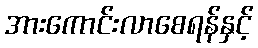
အားကောင်းလာစေရန်နှင့်